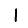
Digit: 1